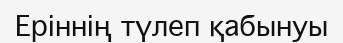
Еріннің түлеп қабынуы